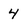
Character: 4